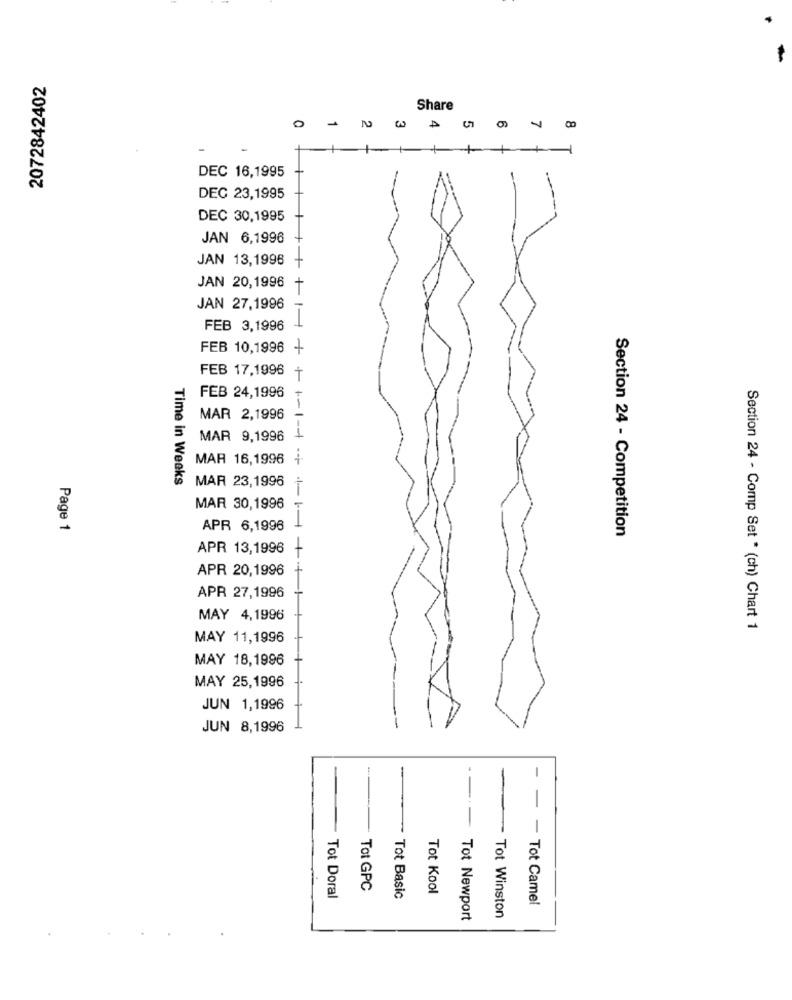
2072842402
Share
0
₪
DEC 16,1995
DEC 23,1995
DEC 30,1995
JAN 6,1996
JAN 13,1996
+
JAN 20,1996 +
JAN 27,1996
1
FEB 3,1996
FEB 10,1996 +
FEB 17,1996 +
FEB 24,1996
MAR 2,1996
MAR 9,1996
1
MAR 16,1996 +
Time in Weeks
MAR 23,1996
MAR 30,1996
Page 1
APR 6,1996
Section 24 - Competition
APR 13,1996
APR 20,1996
APR 27,1996
++1++++++++
MAY 4,1996
Section 24 - Comp Set * (ch) Chart 1
MAY 11,1996
MAY 18,1996
MAY 25,1996
JUN 1,1996
JUN 8,1996
-
-
Tot GPC
Tot Kool
Tot Doral
Tot Basic
- Tot Camel
Tot Newport
Tot Winston